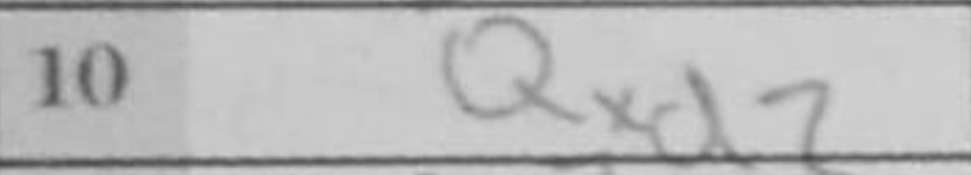
Transcription: Qxd3